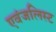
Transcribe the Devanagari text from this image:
एवंजलिस्ट